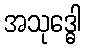
အသုဒ္ဓေါ